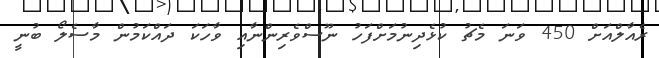
ރެއާލްއަށް 450 ވަނަ މެޗު ކުޅެދިނުމަށްފަހު ނޫސްވެރިންނާއި ވާހަކަ ދައްކަމުން މާސެލޯ ބުނީ